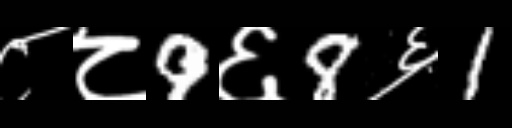
Text: ८८9६8६1